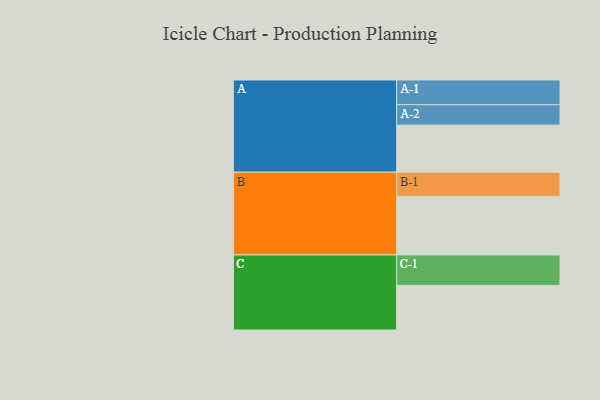
{"axis": {"x": "Segment", "y": "Value"}, "legend": ["", "A", "B", "C"], "data": [{"x": "A", "y": 360, "type": ""}, {"x": "B", "y": 448, "type": ""}, {"x": "C", "y": 341, "type": ""}, {"x": "A-1", "y": 189, "type": "A"}, {"x": "A-2", "y": 156, "type": "A"}, {"x": "B-1", "y": 185, "type": "B"}, {"x": "C-1", "y": 233, "type": "C"}]}